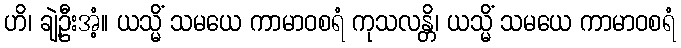
ဟိ၊ ချဲ့ဦးအံ့။ ယသ္မိံ သမယေ ကာမာဝစရံ ကုသလန္တိ၊ ယသ္မိံ သမယေ ကာမာဝစရံ